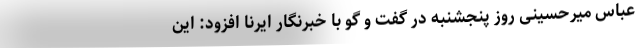
عباس میرحسینی روز پنجشنبه در گفت و گو با خبرنگار ایرنا افزود: این